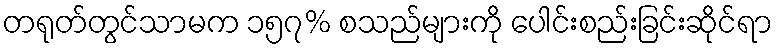
တရုတ်တွင်သာမက ၁၅၇% စသည်များကို ပေါင်းစည်းခြင်းဆိုင်ရာ